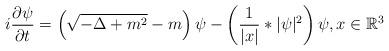
LaTeX: \begin{align*}i\frac{\partial \psi}{\partial t} = \left(\sqrt{-\Delta +m^2} -m \right)\psi - \left( \frac{1}{|x|} * |\psi|^2 \right) \psi, x \in \mathbb{R}^3\end{align*}